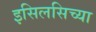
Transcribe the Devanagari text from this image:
इसिलसिच्या